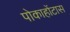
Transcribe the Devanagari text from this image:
पोकाहोंटास